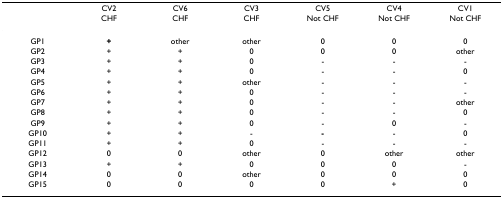
<table><thead><tr><td></td><td><b>CV2</b></td><td><b>CV6</b></td><td><b>CV3</b></td><td><b>CV5</b></td><td><b>CV4</b></td><td><b>CV1</b></td></tr><tr><td></td><td><b>CHF</b></td><td><b>CHF</b></td><td><b>CHF</b></td><td><b>Not CHF</b></td><td><b>Not CHF</b></td><td><b>Not CHF</b></td></tr></thead><tbody><tr><td>GP1</td><td><b>+</b></td><td>other</td><td>other</td><td>0</td><td>0</td><td>0</td></tr><tr><td>GP2</td><td>+</td><td>+</td><td>0</td><td>0</td><td>0</td><td>other</td></tr><tr><td>GP3</td><td>+</td><td>+</td><td>0</td><td>-</td><td>-</td><td>-</td></tr><tr><td>GP4</td><td>+</td><td>+</td><td>0</td><td>-</td><td>-</td><td>0</td></tr><tr><td>GP5</td><td>+</td><td>+</td><td>other</td><td>-</td><td>-</td><td>-</td></tr><tr><td>GP6</td><td>+</td><td>+</td><td>0</td><td>-</td><td>-</td><td>-</td></tr><tr><td>GP7</td><td>+</td><td>+</td><td>0</td><td>-</td><td>-</td><td>other</td></tr><tr><td>GP8</td><td>+</td><td>+</td><td>0</td><td>-</td><td>-</td><td>0</td></tr><tr><td>GP9</td><td>+</td><td>+</td><td>0</td><td>-</td><td>0</td><td>-</td></tr><tr><td>GP10</td><td>+</td><td>+</td><td>-</td><td><b>-</b></td><td>-</td><td>0</td></tr><tr><td>GP11</td><td>+</td><td>+</td><td>0</td><td>-</td><td>-</td><td>-</td></tr><tr><td>GP12</td><td>0</td><td>0</td><td>other</td><td>0</td><td>other</td><td>other</td></tr><tr><td>GP13</td><td>+</td><td>+</td><td>0</td><td>0</td><td>0</td><td>-</td></tr><tr><td>GP14</td><td>0</td><td>0</td><td>other</td><td>0</td><td>0</td><td>0</td></tr><tr><td>GP15</td><td>0</td><td>0</td><td>0</td><td>0</td><td>+</td><td>0</td></tr></tbody></table>